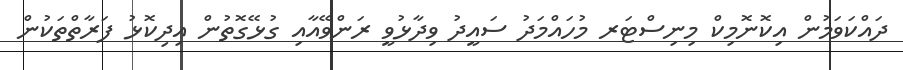
ދައްކަވަމުން އިކޮނޮމިކް މިނިސްޓަރ މުހައްމަދު ސައީދު ވިދާޅުވީ ރަންވޭއާއި ގުޅޭގޮތުން އިދިކޮޅު ފަރާތްތަކުން